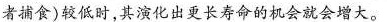
者捕食)较低时，其演化出更长寿命的机会就会增大。